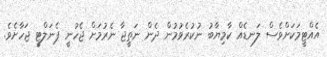
އެއްޓީމަކަށްވެސް ލަނޑެއް ކާމިޔާބު ނުކުރެވުމުން ދެން ނަތީޖާ ނެރުމަށް ޖެހުނީ ޕެނަލްޓީ ޖަހާށެވެ.